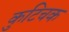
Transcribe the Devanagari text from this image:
कुटिचक